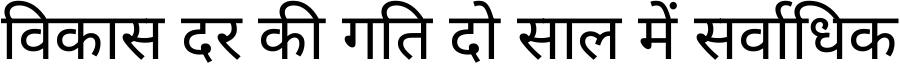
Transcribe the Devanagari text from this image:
विकास दर की गति दो साल में सर्वाधिक